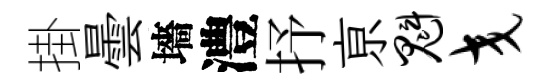
掛曇墻澧抒亰魁交